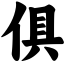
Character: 俱